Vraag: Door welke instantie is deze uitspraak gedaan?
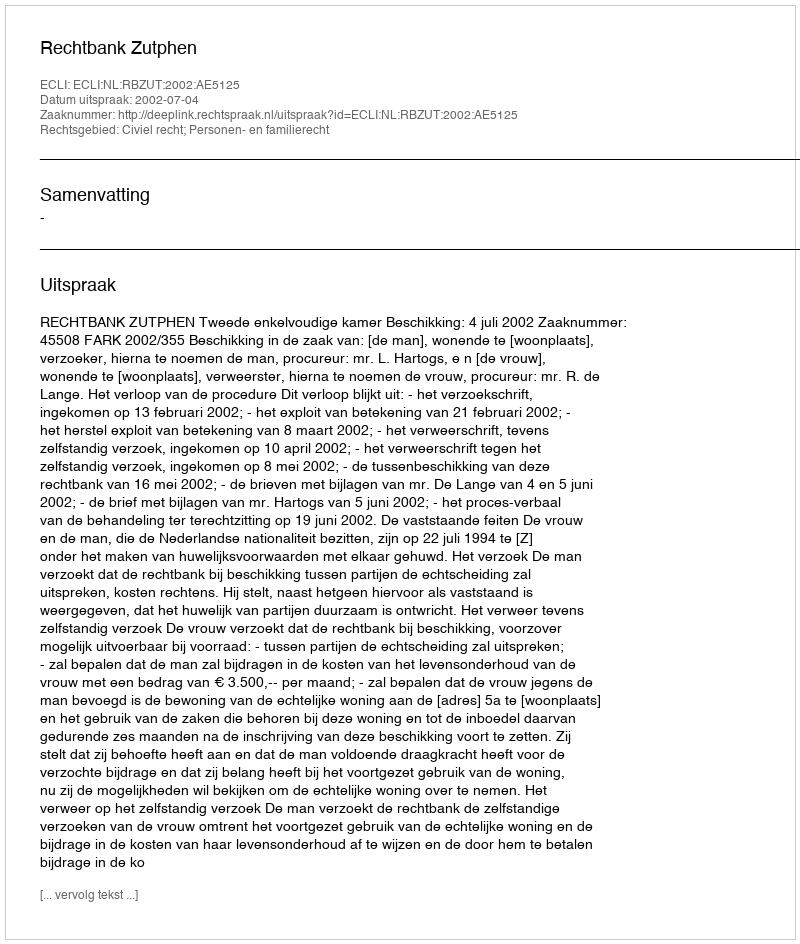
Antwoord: Rechtbank Zutphen